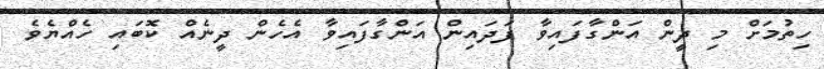
ހިތުމަށް މި ދީން އަންގާފައިވާ ފަދައިން އަންގާފައިވާ އެހެން ދީނެއް ކޮބައި ހެއްޔެވެ